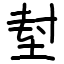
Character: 堼